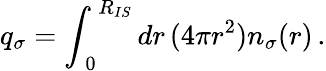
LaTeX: q_{\sigma}=\int_{\, 0}^{\, R_{IS}}dr\, (4\pi r^{2})n_{\sigma}(r)\, .